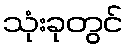
သုံးခုတွင်